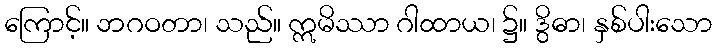
ကြောင့်။ ဘဂဝတာ၊ သည်။ ဣမိဿာ ဂါထာယ၊ ၌။ ဒွိဓာ၊ နှစ်ပါးသော